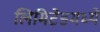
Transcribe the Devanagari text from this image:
लिमिटेडमध्ये